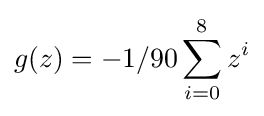
g(z)=-1/90\sum _{i=0}^{8}z^{i}